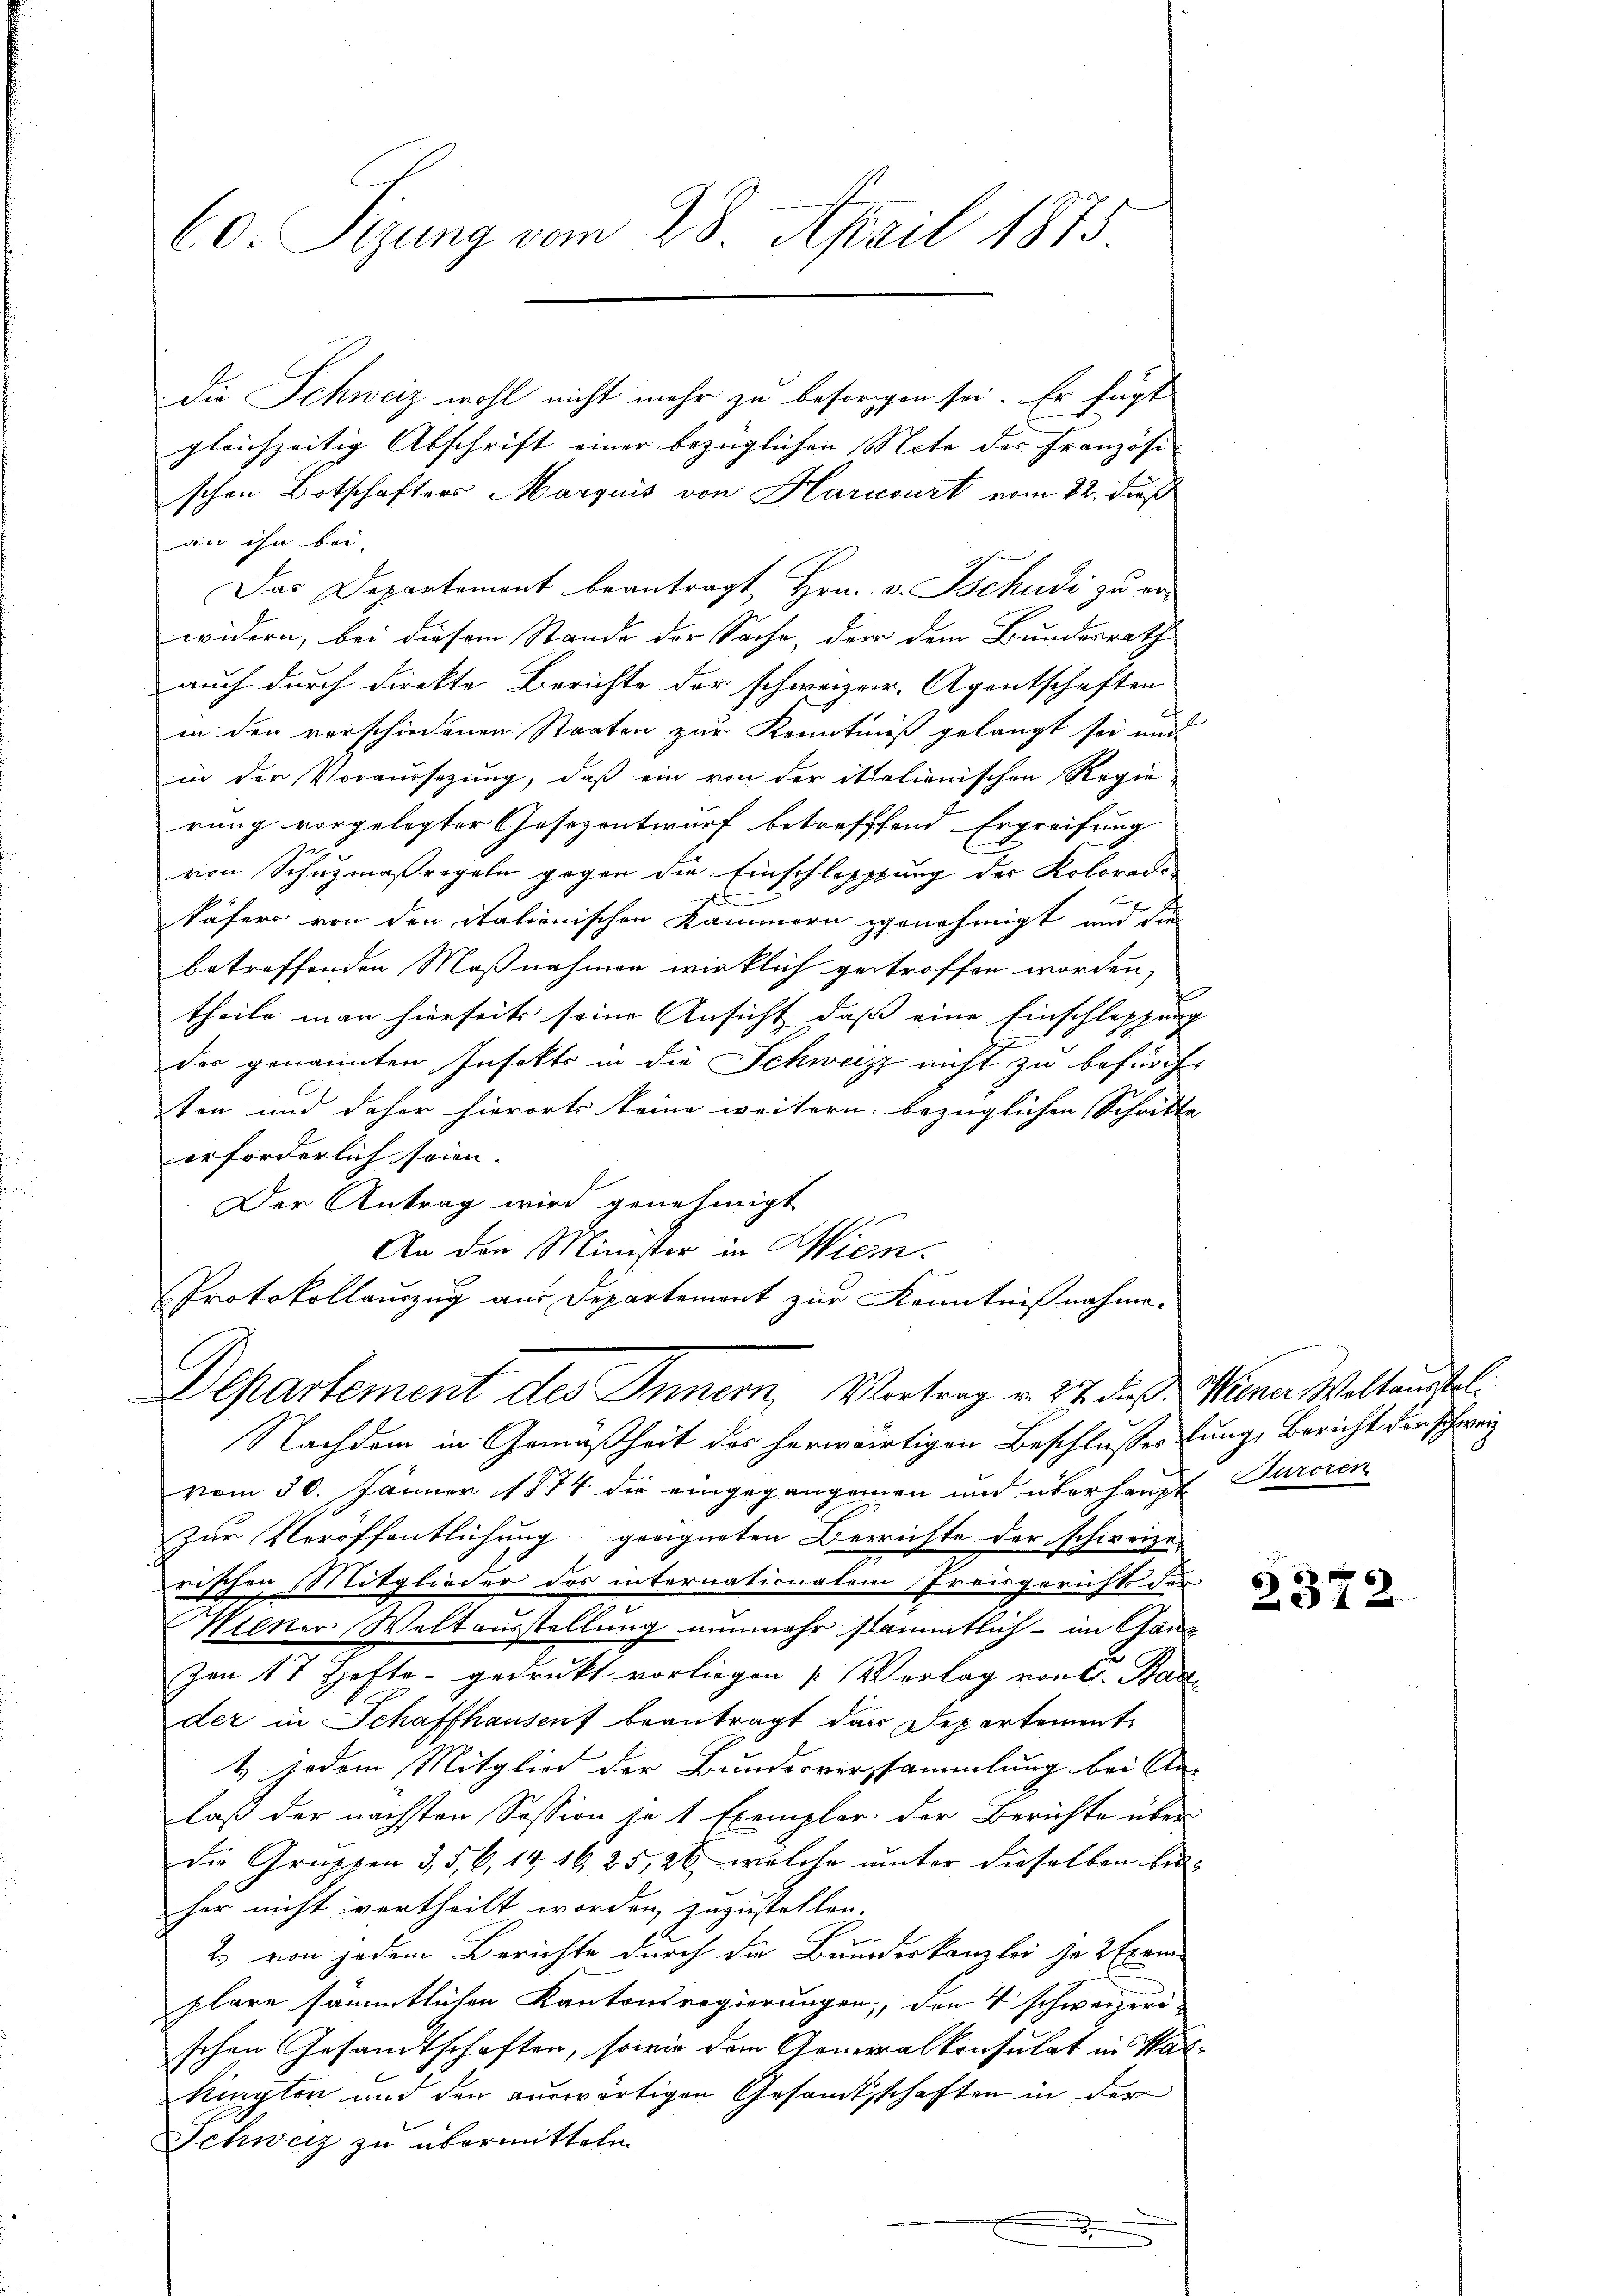
60. Sizung vom 28. April 1875

Die Schweiz wohl nicht mehr zu besorgen sei. Er fügt
gleichzeitig Abschrift einer bezüglichen Note des Französi- |
schen Botschafters Marquis von Harcourt vom 22. Fuß
an ihn bei.
Das Departement beantragt Hrn. v. Tschudi zu er-
widern, bei diesem Stande der Sache, der dem Bundesrath
auch durch direkte Berichte der schweizer, Agentschaften
in den verschiedenen Staaten zur Kenntniß gelangt sei und
in der Voraussezung, daß ein von der italienischen Regie
rung vorgelegter Gesezentwurf betrefffend Ergreifung
von Schuzmaßregeln gegen die Einschlappung der Kolorado-
x
täfers von den itationischen Kammern genehmigt und die
betreffenden Maßnahmen wirklich getroffen worden,
theile man hierseits seine Ansicht, daß eine Einschleppung
der genannten Insekts in die Schweizz nicht zu befürche
ten und daher hierorts keine weitern bezüglichen Schritte
erforderlich sein.
Der Antrag wird genehmigt
An den Minister in Wien.
Protokollauszug aus Departement zur Kenntnißnahme.
Departement des Innern, Vortrag v. 27. dieß. Wiener Weltanstal¬
Nachdem in Gemäßheit des herwärtigen Beschlussessung, Bericht der Schrei
vom 30. Jänner 1874 die eingegangenen und überhaupt Turoren
zur Veröffentlichung geeigneten Berichte der schweize-
rischen Mitglieder des internationalem Preisgerichts un
Wiener Weltausstellung nunmehr sämmtlich - im Ganz
zen 17 Hefte gedrukt vorliegen Vorlag von E. Bad
der in Schaffhausent beantragt das Departement
4 jodem Mitglied der Bundesversammlung bei An-
laß der nächsten Session je 1 Exemplar der Berichte über
die Gruppen 3, 5, 6, 14, 1625, 26, welche unter dieselben bes
her nicht vertheilt worden, zuzustellen.
2. von jedem Berichte durch die Bundeskanzlei je 2 Exem
plare sämmtlichen Kantonsregierungen; den 4 schweizeri
schen Gesandtschaften, sowie dem Generalkonsulat in Parkington und den auswärtigen Gesamtsschaften in der
Schweiz zu übermitteln.
.

2372